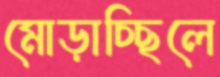
মোড়াচ্ছিলে